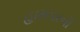
હામપરની